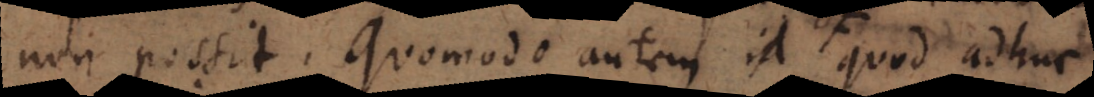
non possit. Quomodo autem id quod adhuc